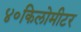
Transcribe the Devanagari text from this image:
४०किलोमीटर